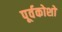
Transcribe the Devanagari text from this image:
पूर्वकोशों